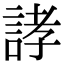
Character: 誟